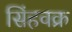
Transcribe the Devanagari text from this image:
सिंहवक्र